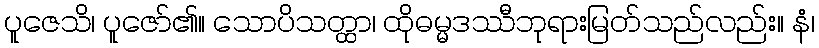
ပူဇေသိ၊ ပူဇော်၏။ သောပိသတ္ထာ၊ ထိုဓမ္မဒဿီဘုရားမြတ်သည်လည်း။ နံ၊